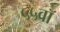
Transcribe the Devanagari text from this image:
५५वॉ